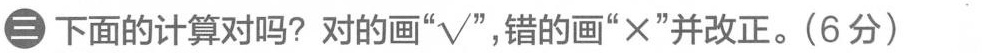
三 下面的计算对吗?对的画”√” ，错的画”×”并改正。(6分)